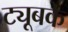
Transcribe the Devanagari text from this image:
ट्यूबके